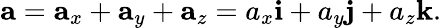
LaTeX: \mathbf{a}=\mathbf{a}_{x}+\mathbf{a}_{y}+\mathbf{a}_{z}=a_{x}{\mathbf{i}}+a_{y}{\mathbf{j}}+a_{z}{\mathbf{k}}.